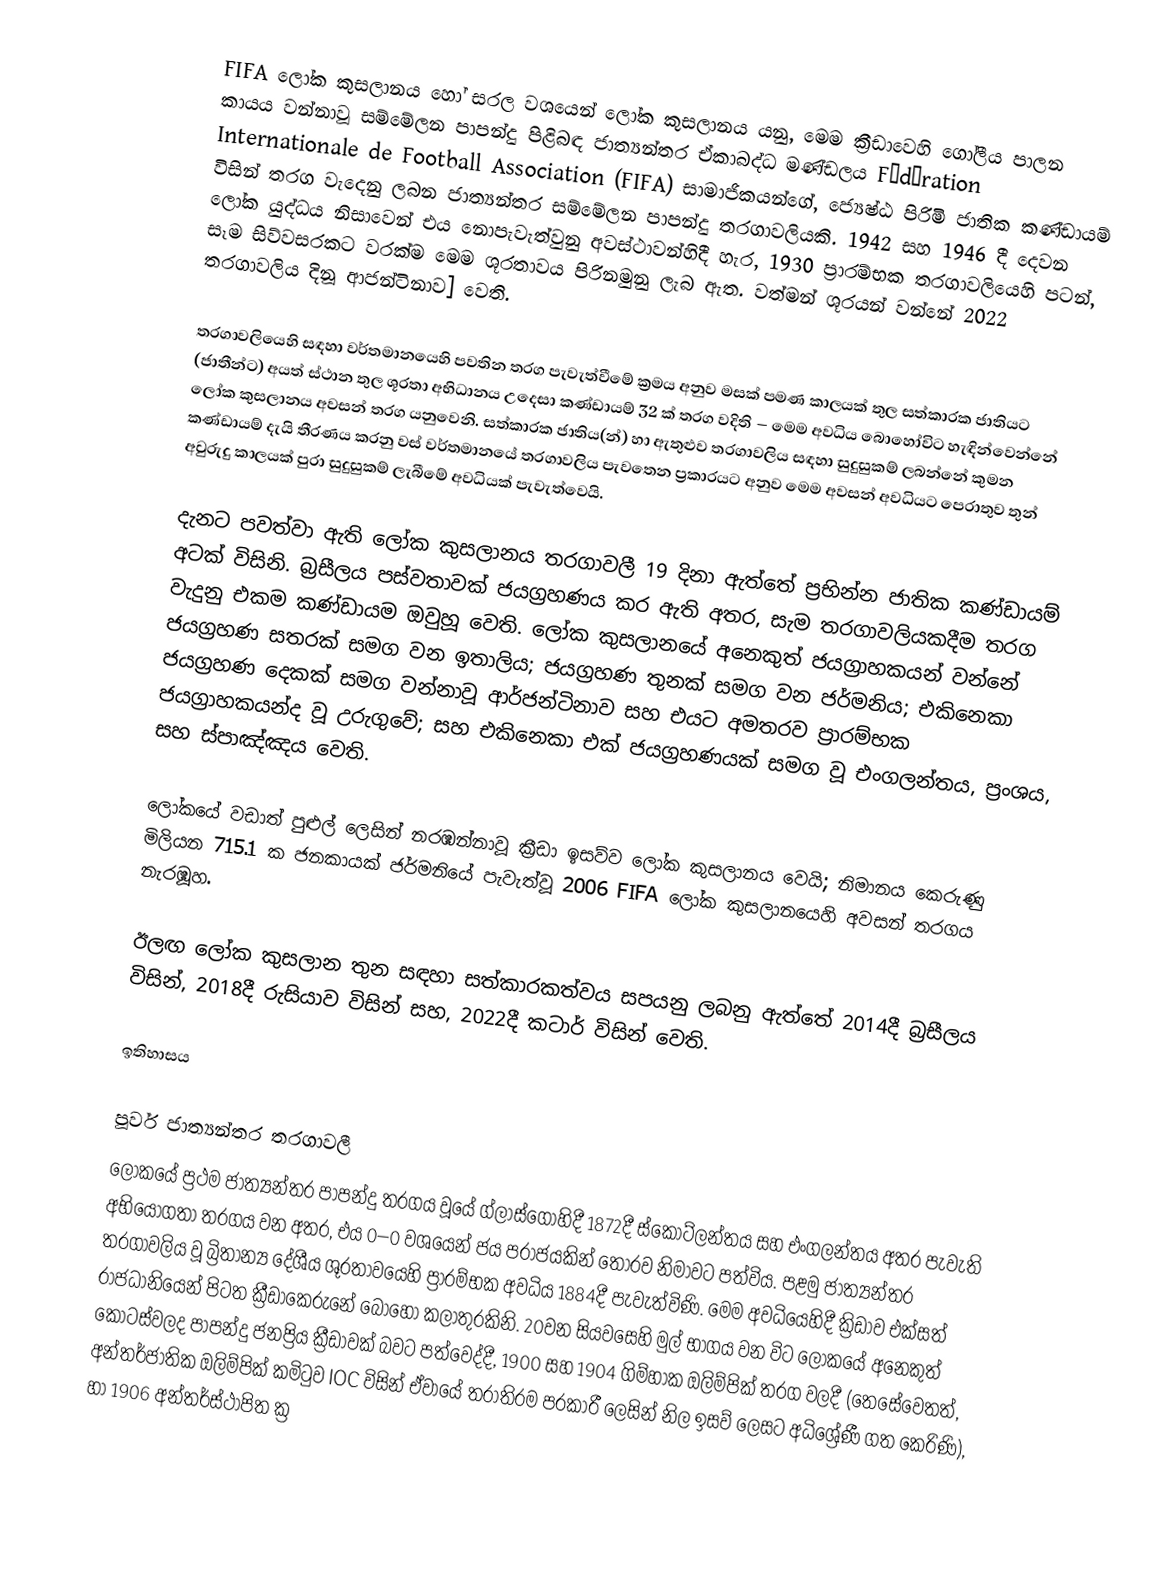
FIFA ලෝක කුසලානය හෝ සරල වශයෙන් ලෝක කුසලානය යනු,   මෙම ක්‍රීඩාවෙහි ගෝලීය පාලන කායය වන්නාවූ  සම්මේලන පාපන්දු පිළිබඳ ජාත්‍යන්තර ඒකාබද්ධ මණ්ඩලය Fédération Internationale de Football Association (FIFA) සාමාජිකයන්ගේ, ජ්‍යෙෂ්ඨ  පිරිමි ජාතික කණ්ඩායම් විසින් තරග වැදෙනු ලබන ජාත්‍යන්තර  සම්මේලන පාපන්දු තරගාවලියකි. 1942 සහ  1946 දී දෙවන ලෝක යුද්ධය නිසාවෙන් එය නොපැවැත්වුනු  අවස්ථාවන්හිදී හැර,   1930 ප්‍රාරම්භක තරගාවලියෙහි පටන්, සෑම සිව්වසරකට වරක්ම මෙම ශූරතාවය පිරිනමුනු ලැබ ඇත. වත්මන් ශූරයන් වන්නේ  2022 තරගාවලිය දිනූ  ආජන්ටිනාව] වෙති.

තරගාවලියෙහි සඳහා වර්තමානයෙහි පවතින තරග පැවැත්වීමේ ක්‍රමය අනුව මසක් පමණ කාලයක් තුල සත්කාරක ජාතියට (ජාතීන්ට)  අයත් ස්ථාන තුල ශූරතා අභිධානය උදෙසා කණ්ඩායම් 32 ක් තරග වදිති  – මෙම අවධිය බොහෝවිට හැඳින්වෙන්නේ  ලෝක කුසලානය අවසන් තරග යනුවෙනි. සත්කාරක ජාතිය(න්) හා ඇතුළුව තරගාවලිය සඳහා සුදුසුකම් ලබන්නේ කුමන කණ්ඩායම් දැයි තීරණය කරනු වස් වර්තමානයේ තරගාවලිය පැවතෙන ප්‍රකාරයට අනුව මෙම අවසන් අවධියට පෙරාතුව තුන් අවුරුදු කාලයක් පුරා සුදුසුකම් ලැබීමේ අවධියක් පැවැත්වෙයි.

දැනට පවත්වා ඇති ලෝක කුසලානය තරගාවලී 19 දිනා ඇත්තේ ප්‍රභින්න ජාතික කණ්ඩායම් අටක් විසිනි. බ්‍රසීලය පස්වතාවක් ජයග්‍රහණය කර ඇති අතර, සැම තරගාවලියකදීම තරග වැදුනු එකම කණ්ඩායම ඔවුහූ වෙති. ලෝක කුසලානයේ අනෙකුත් ජයග්‍රාහකයන් වන්නේ ජයග්‍රහණ සතරක් සමග වන ඉතාලිය; ජයග්‍රහණ තුනක් සමග වන ජර්මනිය; එකිනෙකා ජයග්‍රහණ දෙකක් සමග වන්නාවූ ආර්ජන්ටිනාව සහ එයට අමතරව ප්‍රාරම්භක ජයග්‍රාහකයන්ද වූ උරුගුවේ; සහ එකිනෙකා එක් ජයග්‍රහණයක් සමග වූ  එංගලන්තය, ප්‍රංශය, සහ  ස්පාඤ්ඤය වෙති.

ලෝකයේ වඩාත් පුළුල් ලෙසින් නරඹන්නාවූ ක්‍රීඩා ඉසව්ව ලෝක කුසලානය වෙයි; නිමානය කෙරුණු  මිලියන 715.1 ක ජනකායක් ජර්මනියේ පැවැත්වූ  2006 FIFA ලෝක කුසලානයෙහි අවසන් තරගය නැරඹූහ.

ඊලඟ ලෝක කුසලාන තුන සඳහා සත්කාරකත්වය සපයනු ලබනු ඇත්තේ 2014දී බ්‍රසීලය විසින්, 2018දී රුසියාව විසින් සහ, 2022දී කටාර් විසින් වෙති.

ඉතිහාසය

පූර්ව ජාත්‍යන්තර තරගාවලී
ලෝක‍යේ ප්‍රථම ජාත්‍යන්තර පාපන්දු තරගය වූයේ ග්ලාස්ගෝහිදී 1872දී  ස්කොට්ලන්තය සහ  එංගලන්තය අතර පැවැති අභියෝගතා තරගය වන අතර, එය 0–0 වශයෙන් ජය පරාජයකින් තොරව නිමාවට පත්විය. පළමු ජාත්‍යන්තර තරගාවලිය වූ   බ්‍රිතාන්‍ය  දේශීය  ශූරතාවයෙහි ප්‍රාරම්භක අවධිය 1884දී පැවැත්විණි.  මෙම අවධියෙහිදී ක්‍රිඩාව එක්සත් රාජධානියෙන් පිටත ක්‍රීඩාකෙරුනේ බොහෝ කලාතුරකිනි. 20වන සියවසෙහි මුල් භාගය වන විට ලෝකයේ අනෙකුත් කොටස්වලද පාපන්දු ජනප්‍රිය ක්‍රීඩාවක් බවට පත්වෙද්දී, 1900 සහ  1904 ගිම්හාක ඔලිම්පික් තරග වලදී (තෙසේවෙතත්, අන්තර්ජාතික ඔලිම්පික් කමිටුව IOC විසින් ඒවායේ තරාතිරම පරකාරී ලෙසින් නිල ඉසව් ලෙසට අධිශ්‍රේණී ගත කෙරිණි), හා  1906 අන්තර්ස්ථාපිත ක්‍ර